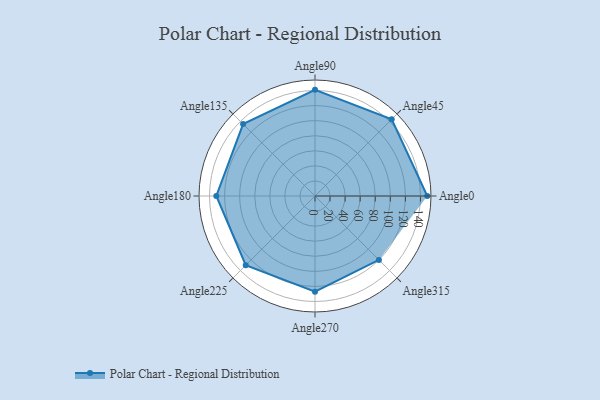
{"axis": {"x": "Angle", "y": "Radius"}, "legend": [""], "data": [{"x": "Angle0", "y": 149.0, "type": ""}, {"x": "Angle45", "y": 144.0, "type": ""}, {"x": "Angle90", "y": 141.0, "type": ""}, {"x": "Angle135", "y": 135.0, "type": ""}, {"x": "Angle180", "y": 131.0, "type": ""}, {"x": "Angle225", "y": 130.0, "type": ""}, {"x": "Angle270", "y": 127.0, "type": ""}, {"x": "Angle315", "y": 120.0, "type": ""}]}